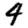
Digit: 4